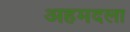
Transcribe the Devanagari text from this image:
अहमदला